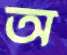
অ